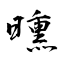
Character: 曛